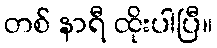
တစ် နာရီ ထိုးပါပြီ။